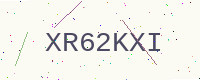
Text: XR62KXI